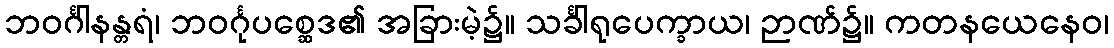
ဘဝင်္ဂါနန္တရံ၊ ဘဝင်္ဂုပစ္ဆေဒ၏ အခြားမဲ့၌။ သင်္ခါရုပေက္ခာယ၊ ဉာဏ်၌။ ကတနယေနေဝ၊